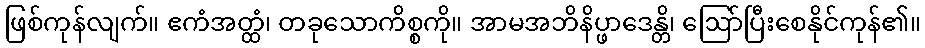
ဖြစ်ကုန်လျက်။ ဧကံအတ္ထံ၊ တခုသောကိစ္စကို။ အာမအဘိနိပ္ဖာဒေန္တိ၊ ဩော်ပြီးစေနိုင်ကုန်၏။